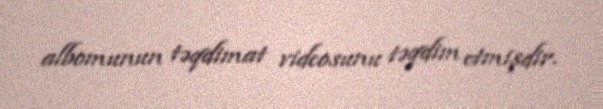
albomunun təqdimat videosunu təqdim etmişdir.